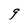
Character: 9